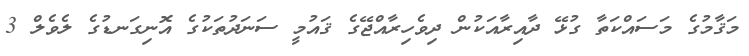
މަޤާމުގެ މަސައްކަތާ ގުޅޭ ދާއިރާއަކުން ދިވެހިރާއްޖޭގެ ޤައުމީ ސަނަދުތަކުގެ އޮނިގަނޑުގެ ލެވެލް 3